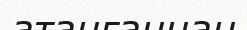
атанғаннан